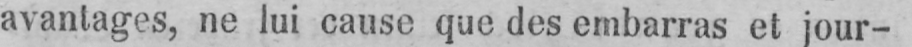
avantages, ne lui cause que des embarras et jour-